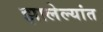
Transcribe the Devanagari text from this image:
झालेल्यांत